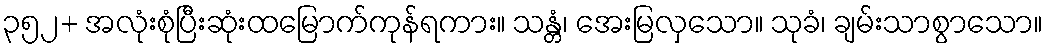
၃၅၂+ အလုံးစုံပြီးဆုံးထမြောက်ကုန်ရကား။ သန္တံ၊ အေးမြလှသော။ သုခံ၊ ချမ်းသာစွာသော။